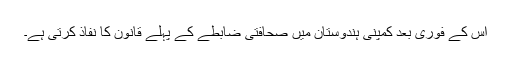
اس کے فوری بعد کمپنی ہندوستان میں صحافتی ضابطے کے پہلے قانون کا نفاذ کرتی ہے۔